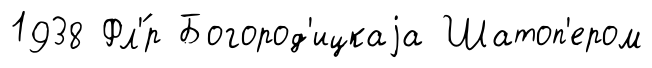
1938 Фл'́р Богород'ицкаjа Шатоп'ером